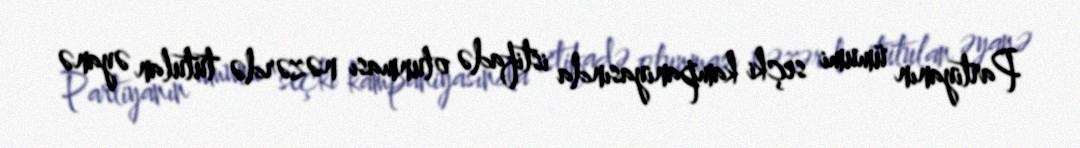
Partiyanın ümumi seçki kampaniyasında istifadə olunması nəzərdə tutulan əyanə